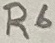
Text: R6